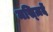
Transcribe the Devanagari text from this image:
मस्ज़िदें